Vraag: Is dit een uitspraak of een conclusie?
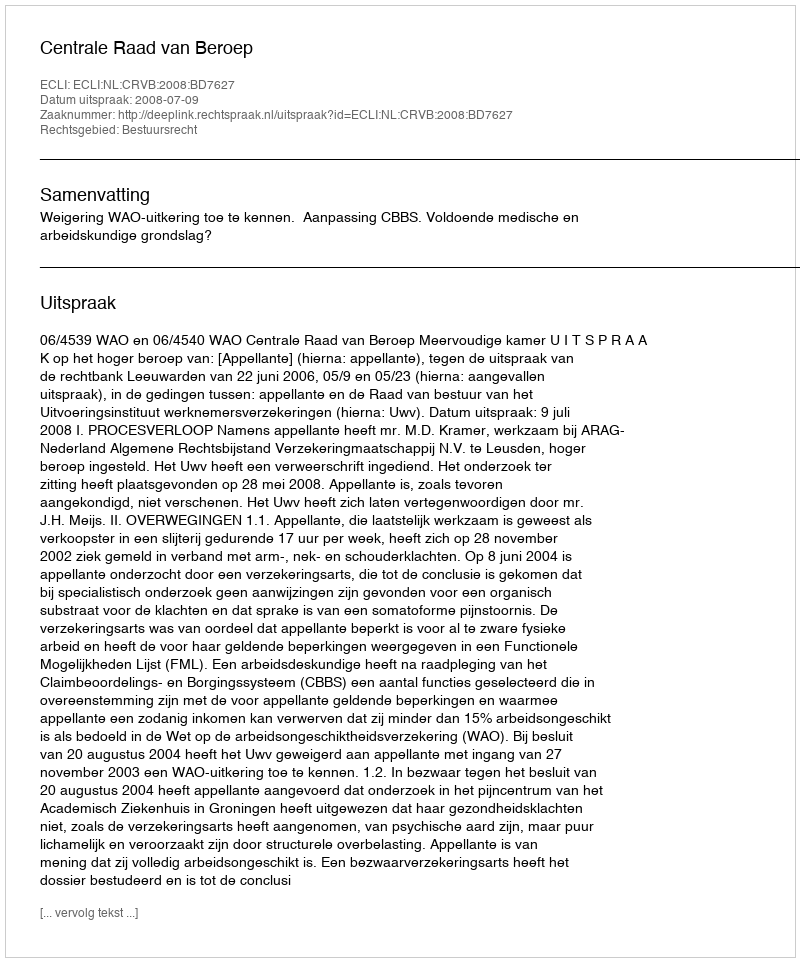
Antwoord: Uitspraak